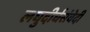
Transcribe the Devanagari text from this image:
लघुदीर्घसंवेदी